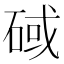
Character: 䂸